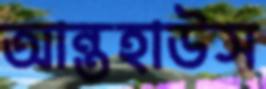
আন্তহাউস